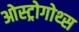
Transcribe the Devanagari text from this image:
ओस्ट्रोगोथ्स